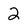
Character: 2